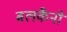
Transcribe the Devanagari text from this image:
बलकैनो